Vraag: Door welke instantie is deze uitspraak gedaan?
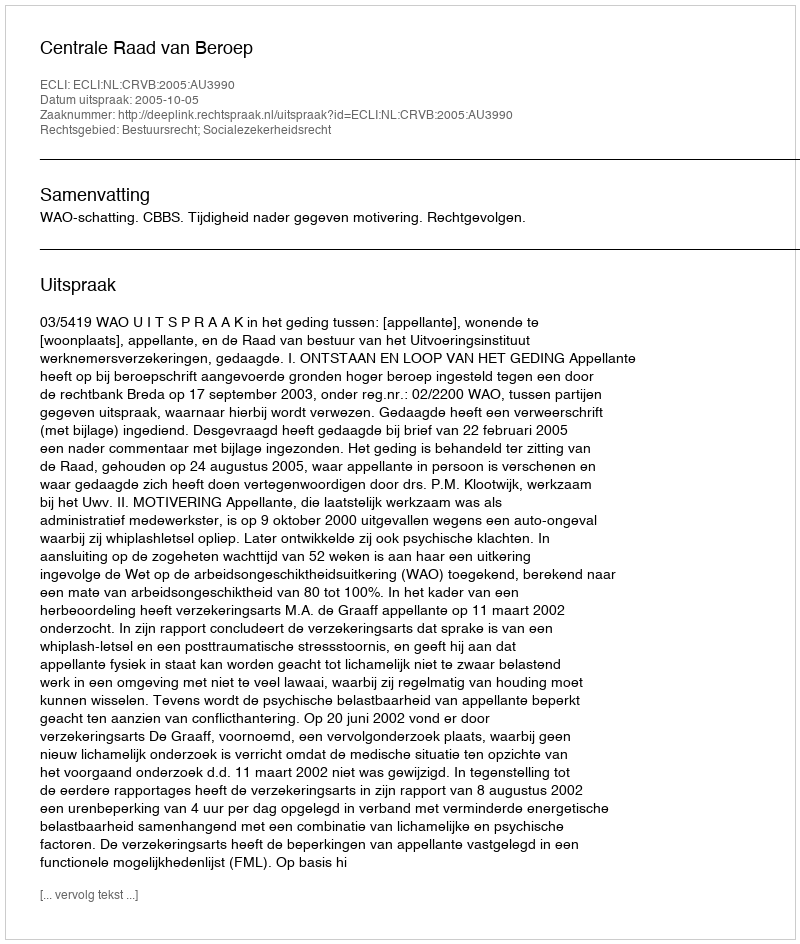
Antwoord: Centrale Raad van Beroep